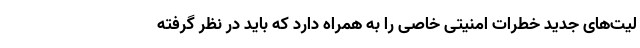
لیت‌های جدید خطرات امنیتی خاصی را به همراه دارد که باید در نظر گرفته